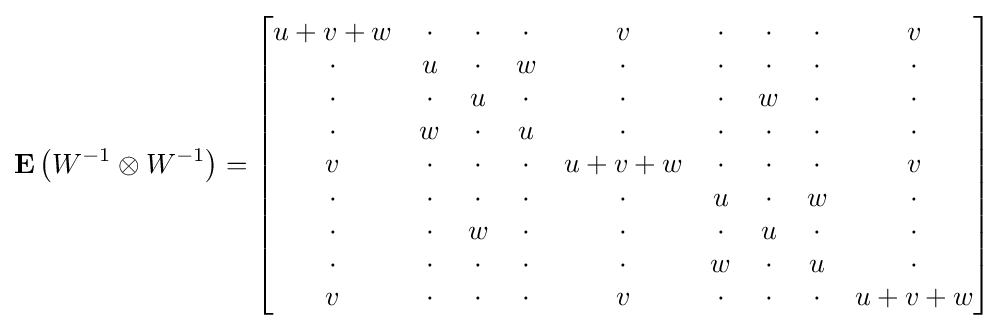
\mathbf {E} \left(W^{-1}\otimes W^{-1}\right)={\begin{bmatrix}u+v+w&\cdot &\cdot &\cdot &v&\cdot &\cdot &\cdot &v\\\cdot &u&\cdot &w&\cdot &\cdot &\cdot &\cdot &\cdot \\\cdot &\cdot &u&\cdot &\cdot &\cdot &w&\cdot &\cdot \\\cdot &w&\cdot &u&\cdot &\cdot &\cdot &\cdot &\cdot \\v&\cdot &\cdot &\cdot &u+v+w&\cdot &\cdot &\cdot &v\\\cdot &\cdot &\cdot &\cdot &\cdot &u&\cdot &w&\cdot \\\cdot &\cdot &w&\cdot &\cdot &\cdot &u&\cdot &\cdot \\\cdot &\cdot &\cdot &\cdot &\cdot &w&\cdot &u&\cdot \\v&\cdot &\cdot &\cdot &v&\cdot &\cdot &\cdot &u+v+w\\\end{bmatrix}}